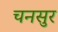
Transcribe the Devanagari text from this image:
चनसुर